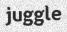
juggle